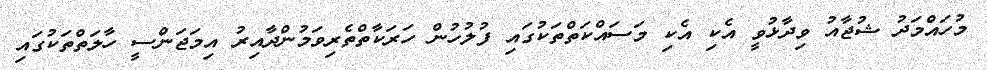
މުހައްމަދު ޝުޖާއު ވިދާޅުވީ އެކި އެކި މަސައްކަތްތަކުގައި ފުލުހުން ހަރަކާތްތެރިވަމުންދާއިރު އިމަޖަންސީ ހާލަތްތަކުގައި